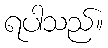
ရပါသည်။